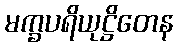
မက္ခပရိယုဋ္ဌိတေန